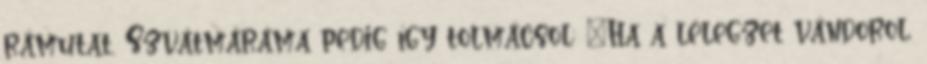
rámutat, Szvátmáráma pedig így tolmácsol: "Ha a lélegzet vándorol,